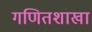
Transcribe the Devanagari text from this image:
गणितशाखा